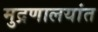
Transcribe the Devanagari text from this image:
मुद्रणालयांत